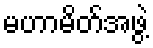
မဟာမိတ်အဖွဲ့